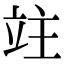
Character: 𥩣